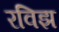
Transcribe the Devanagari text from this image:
रविझ